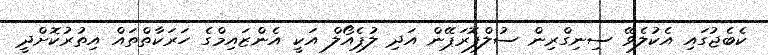
ކެބެޖުގައި އެކުލެވޭ ސިނިގްރިން ސުލްފޮރަޕޭން އަދި ލުޕެއޯލް އަކީ އެންޒައިމްގެ ހަރަކާތްތައް އިތުރުކޮށްދީ